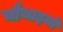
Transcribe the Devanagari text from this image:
चौथाइयों